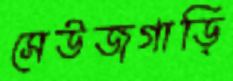
সেউজগাড়ি